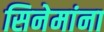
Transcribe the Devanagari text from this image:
सिनेमांना